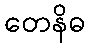
တေနိဓ